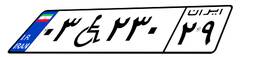
۰۳W۲۳۰۲۹